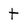
Character: t